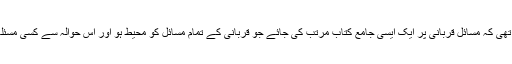
ضرورت اس امر کی تھی کہ مسائل قربانی پر ایک ایسی جامع کتاب مرتب کی جائے جو قربانی کے تمام مسائل کو محیط ہو اور اس حوالہ سے کسی مسئلہ کا حل تشنہ نہ رہے۔